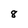
Character: 8